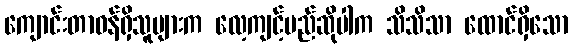
ကျောင်းတာဝန်ရှိသူများက လေ့ကျင့်မည်ဆိုပါက သိသိသာ ထောင်ရှိသော